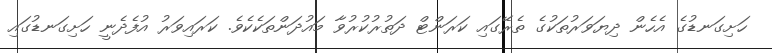
ހަށިގަނޑުގެ އެހެން ދިޔަވަރުތަކުގެ ތެރޭގައި ކަރަންޓް ދަތުރުކުރުވާ މައުދަންތަކެކެވެ. ކަރައިވަރު އުފެދެނީ ހަށިގަނޑުގައި